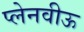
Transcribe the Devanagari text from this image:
प्लेनवीऊ